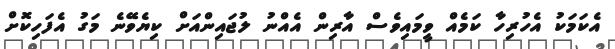
އެކަމަކު އެހުރިހާ ކަމެއް ވީމައިވެސް އާރިން އެއްނު ލުޖައިންއަށް ކިޔެވޭނެ މަގު އެފަހިކޮށް